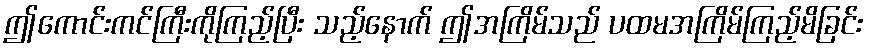
ဤကောင်းကင်ကြီးကိုကြည့်ပြီး သည့်နောက် ဤအကြိမ်သည် ပထမအကြိမ်ကြည့်မိခြင်း